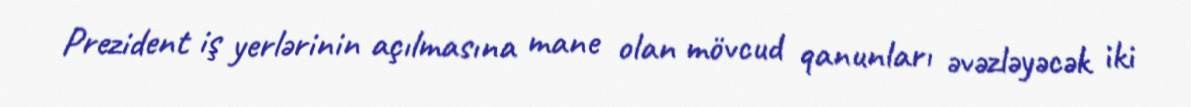
Prezident iş yerlərinin açılmasına mane olan mövcud qanunları əvəzləyəcək iki